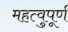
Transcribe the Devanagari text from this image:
महत्वुपूर्ण